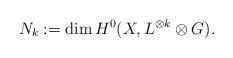
LaTeX: \begin{align*}N_k := \dim H^0(X, L^{\otimes k} \otimes G).\end{align*}